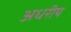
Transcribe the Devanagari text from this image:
अधरीय